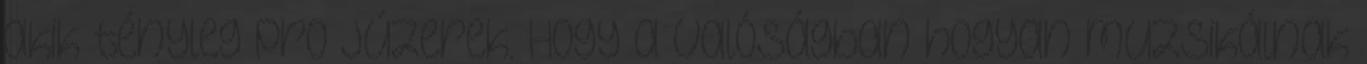
akik tényleg pro júzerek. Hogy a valóságban hogyan muzsikálnak